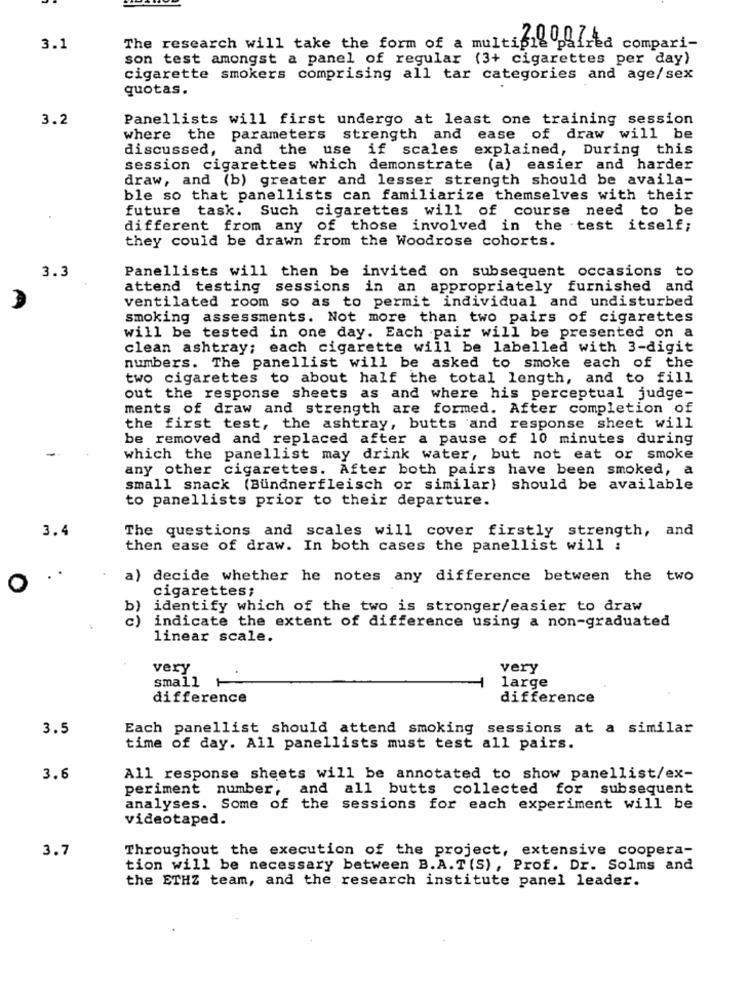
3.1
The research will take the form of a multiple pai
2.0 0 4fred compari-
son test amongst a panel of regular (3+ cigarettes per day)
cigarette smokers comprising all tar categories and age/sex
quotas.
3.2
Panellists will first undergo at least one training session
where the parameters strength and
ease of draw will be
discussed, and the use if scales explained, During this
session cigarettes which demonstrate (a) easier and harder
draw, and (b) greater and lesser strength should be availa-
ble so that panellists can familiarize themselves with their
future
task. Such cigarettes will of course need to be
different from any of those involved in the test itself;
they could be drawn from the Woodrose cohorts.
3.3
Panellists will then be invited on subsequent occasions to
attend testing
sessions in an appropriately furnished and
ventilated room so as to permit individual and undisturbed
smoking assessments. Not more than two pairs of cigarettes
will be tested in one day. Each pair will be presented on a
clean ashtray; each cigarette will be labelled with 3-digit
numbers. The panellist will be asked to smoke each of the
two cigarettes to about half the total length, and to fill
out the response sheets as and where his perceptual judge-
ments of draw and strength are formed. After completion of
the first test, the ashtray, butts and response sheet will
be removed and replaced after a pause of 10 minutes during
which the panellist may drink water, but not eat or smoke
any other cigarettes. After both pairs have been smoked, a
small snack (Bündnerfleisch or similar) should be available
to panellists prior to their departure.
3.4
The questions and scales will cover firstly strength, and
then ease of draw. In both cases the panellist will :
a) decide whether he notes any difference between the two
cigarettes;
b)
identify which of the two is stronger/easier to draw
c)
indicate the extent of difference using a non-graduated
linear scale.
very
very
small 1
large
difference
difference
3.5
Each panellist should attend smoking sessions at a similar
time of day. All panellists must test all pairs.
3.6
All response sheets will be annotated to show panellist/ex-
periment number, and all butts collected for subsequent
analyses. Some of the sessions for each experiment will be
videotaped.
3.7
Throughout the execution of the project, extensive coopera-
tion will be necessary between B.A. T (S) , Prof. Dr. Solms and
the ETHZ team, and the research institute panel leader.